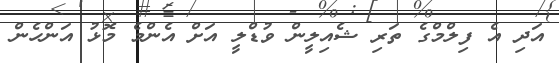
އަދި އެ ފިލްމްގެ ތަރި ޝެއިލީން ވުޑްލީ އަށް އެންމެ މޮޅު އަންހެން